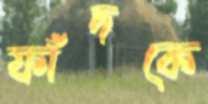
ফাঁদকে